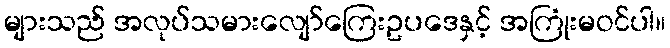
များသည် အလုပ်သမားလျော်ကြေးဥပဒေနှင့် အကြုံးမဝင်ပါ။